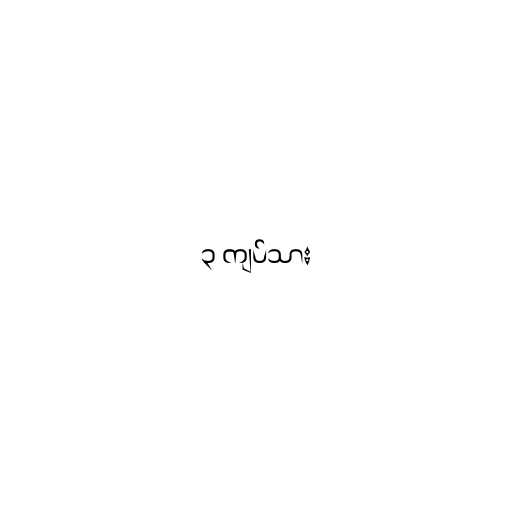
၃ ကျပ်သား